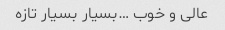
عالی و خوب …بسیار بسیار تازه